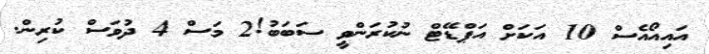
އައިއޯއެސް 10 އަކަށް އަޕްޑޭޓް ނުކުރަންވީ ސަބަބު!2 މަސް 4 ދުވަސް ކުރިން.